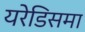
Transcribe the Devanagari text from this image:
यरेडिसमा